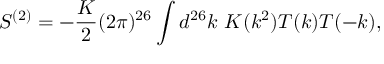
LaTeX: S ^ { ( 2 ) } = - \frac { \cal K } { 2 } ( 2 \pi ) ^ { 2 6 } \int d ^ { 2 6 } k ~ K ( k ^ { 2 } ) T ( k ) T ( - k ) ,